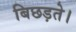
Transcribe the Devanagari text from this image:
बिछड़ते।